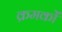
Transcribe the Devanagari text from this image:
क्रमकों